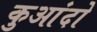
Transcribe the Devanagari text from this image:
कुआंदो